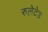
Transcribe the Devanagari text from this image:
रुलेटेड